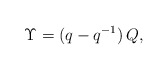
\begin{align*} \Upsilon=(q-q^{-1})\,Q,\end{align*}